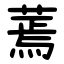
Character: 蔫